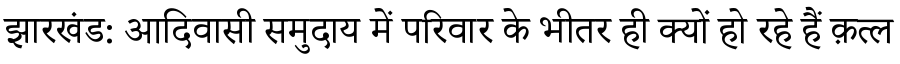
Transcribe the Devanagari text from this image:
झारखंड: आदिवासी समुदाय में परिवार के भीतर ही क्यों हो रहे हैं क़त्ल